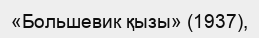
«Большевик қызы» (1937),